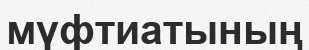
мүфтиатының